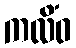
ကလိံဝ